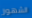
الشهور